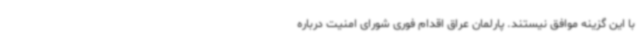
با این گزینه موافق نیستند. پارلمان عراق اقدام فوری شورای امنیت درباره